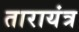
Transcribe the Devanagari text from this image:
तारायंत्र